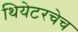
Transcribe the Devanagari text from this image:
थियेटरचेच